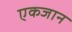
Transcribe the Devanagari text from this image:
एकजान